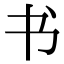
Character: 书